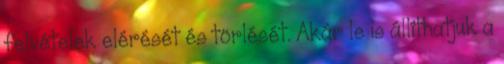
felvételek elérését és törlését. Akár le is állíthatjuk a